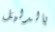
بالدليل